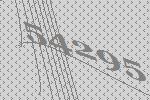
54295